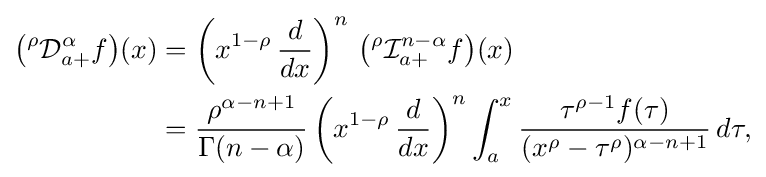
{\begin{aligned}{\big (}{}^{\rho }{\mathcal {D}}_{a+}^{\alpha }f{\big )}(x)&={\bigg (}x^{1-\rho }\,{\frac {d}{dx}}{\bigg )}^{n}\,\,{\big (}{}^{\rho }{\mathcal {I}}_{a+}^{n-\alpha }f{\big )}(x)\\&={\frac {\rho ^{\alpha -n+1}}{\Gamma ({n-\alpha })}}\,{\bigg (}x^{1-\rho }\,{\frac {d}{dx}}{\bigg )}^{n}\int _{a}^{x}{\frac {\tau ^{\rho -1}f(\tau )}{(x^{\rho }-\tau ^{\rho })^{\alpha -n+1}}}\,d\tau ,\end{aligned}}